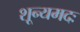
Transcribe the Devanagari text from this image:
शून्यमदः